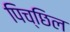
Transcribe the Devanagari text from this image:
पिच्छिल